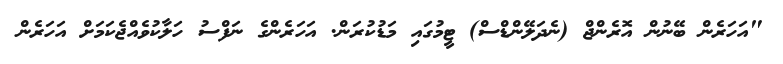
"އަހަރެން ބޭނުން އޮރެންޖް (ނެދަލޭންޑްސް) ޓީމުގައި މަޑުކުރަން. އަހަރެންގެ ނަފްސު ހަލާކުވެއްޖެކަމަށް އަހަރެން